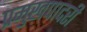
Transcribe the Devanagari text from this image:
प्रमुखपादरी